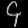
Digit: ၄